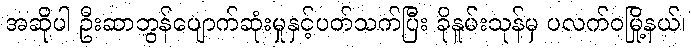
အဆိုပါ ဦးဆာဘွန်ပျောက်ဆုံးမှုနှင့်ပတ်သက်ပြီး ခိုနူမ်းသုန်မှ ပလက်ဝမြို့နယ်၊